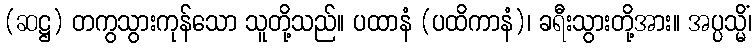
(ဆဋ္ဌ) တကွသွားကုန်သော သူတို့သည်။ ပထာနံ (ပထိကာနံ)၊ ခရီးသွားတို့အား။ အပ္ပသ္မိံ၊